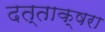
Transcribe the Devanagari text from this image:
दत्ताक्षरा